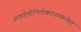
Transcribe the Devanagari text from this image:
अयातोगोभिलोक्तानामम्न्येषां